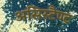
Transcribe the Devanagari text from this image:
असिस्टैण्ट